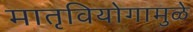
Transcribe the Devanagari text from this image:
मातृवियोगामुळे